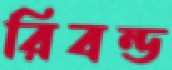
রিবন্ড